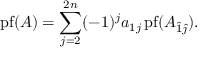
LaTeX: \operatorname { p f } ( A ) = \sum _ { j = 2 } ^ { 2 n } ( - 1 ) ^ { j } a _ { 1 j } \operatorname { p f } ( A _ { { \hat { 1 } } { \hat { \jmath } } } ) .